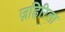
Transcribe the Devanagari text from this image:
ज़हिरिला